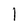
Character: 1